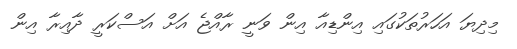
މިދިޔަ އަހަރުތަކުގައި އިންޑިއާ އިން ވަނީ ރާއްޖެ އަށް އަސްކަރީ ދާއިރާ އިން